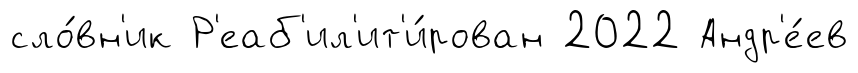
сло́вн'ик Р'еаб'ил'ит'и́рован 2022 Андр'е́ев